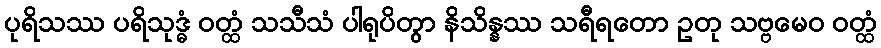
ပုရိသဿ ပရိသုဒ္ဓံ ဝတ္ထံ သသီသံ ပါရုပိတွာ နိသိန္နဿ သရီရတော ဥတု သဗ္ဗမေဝ ဝတ္ထံ